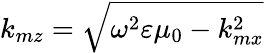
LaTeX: k_{mz}=\sqrt{\omega^{2}\varepsilon\mu_{0}-k_{mx}^{2}}